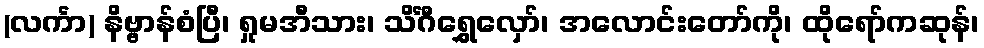
(လင်္ကာ) နိဗ္ဗာန်စံပြီ၊ ရှုမအီသား၊ သိင်္ဂီရွှေလှော်၊ အလောင်းတော်ကို၊ ထိုရော်ကဆုန်၊